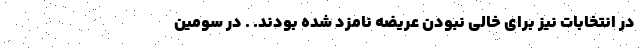
در انتخابات نیز برای خالی نبودن عریضه نامزد شده بودند. . در سومین